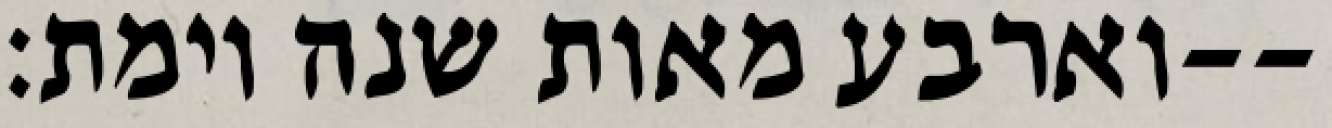
וארבע מאות שנה וימת׃--